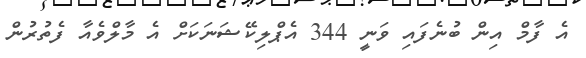
އެ ފާމް އިން ބުނެފައި ވަނީ 344 އެޕްލިކޭޝަނަކަށް އެ މާލްވެއާ ފެތުރުން